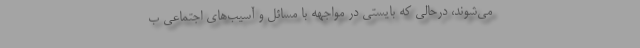
می‌شوند، درحالی که بایستی در مواجهه با مسائل و آسیب‌های اجتماعی ب